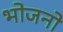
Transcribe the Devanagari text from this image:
भोजनो